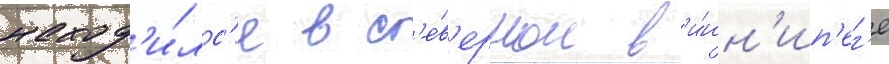
наход'и́лс'я в с'е́в'ерном в'и́нн'ип'ег'е